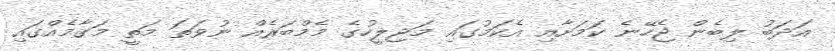
އަދަބު ލިބެން ޖެހޭނެ ކަމަށާއި އެކަމުގައި މަޖިލީހުގެ މެމްބަރެއް ނުވަތަ މަތީ މަގާމެއްގައި